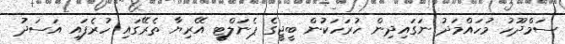
ސަމްދޫހު މުހައްމަދު ނަގައިދިން ހުރަހަކުން ބީޖީގެ ޕެނަލްޓީ އޭރިޔާ ތެރޭގައި ހުރެފައި އަސަދު